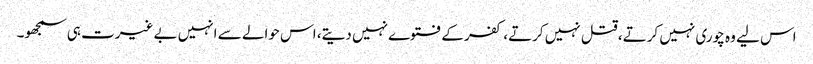
اس لیے وہ چوری نہیں کرتے، قتل نہیں کرتے، کفر کے فتوے نہیں دیتے، اس حوالے سے انہیں بے غیرت ہی سمجھو۔